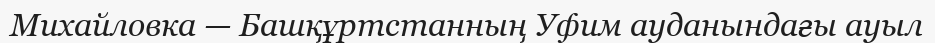
Михайловка — Башқұртстанның Уфим ауданындағы ауыл